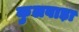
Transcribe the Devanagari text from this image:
कुलवाड़ा